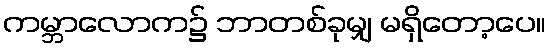
ကမ္ဘာလောက၌ ဘာတစ်ခုမျှ မရှိတော့ပေ။